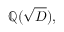
\mathbb { Q } ( { \sqrt { D } } ) ,